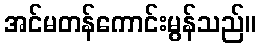
အင်မတန်ကောင်းမွန်သည်။